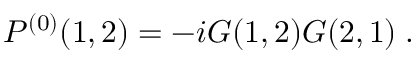
P ^ { ( 0 ) } ( 1 , 2 ) = - i G ( 1 , 2 ) G ( 2 , 1 ) \; .